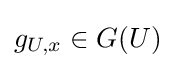
g_{U,x}\in G(U)